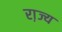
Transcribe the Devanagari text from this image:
रा़ज्य